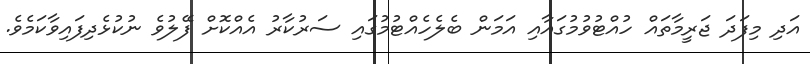
އަދި މިފަދަ ޖަރީމާތައް ހުއްޓުވުމުގައާއި އަމަން ބެލެހެއްޓުމުގައި ސަރުކާރު އެއްކޮށް ފޭލުވެ ނުކުޅެދިފައިވާކަމެވެ.